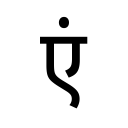
OCR:
एं